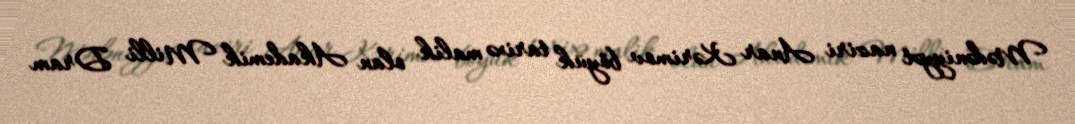
Mədəniyyət naziri Anar Kərimov böyük tarixə malik olan Akademik Milli Dram